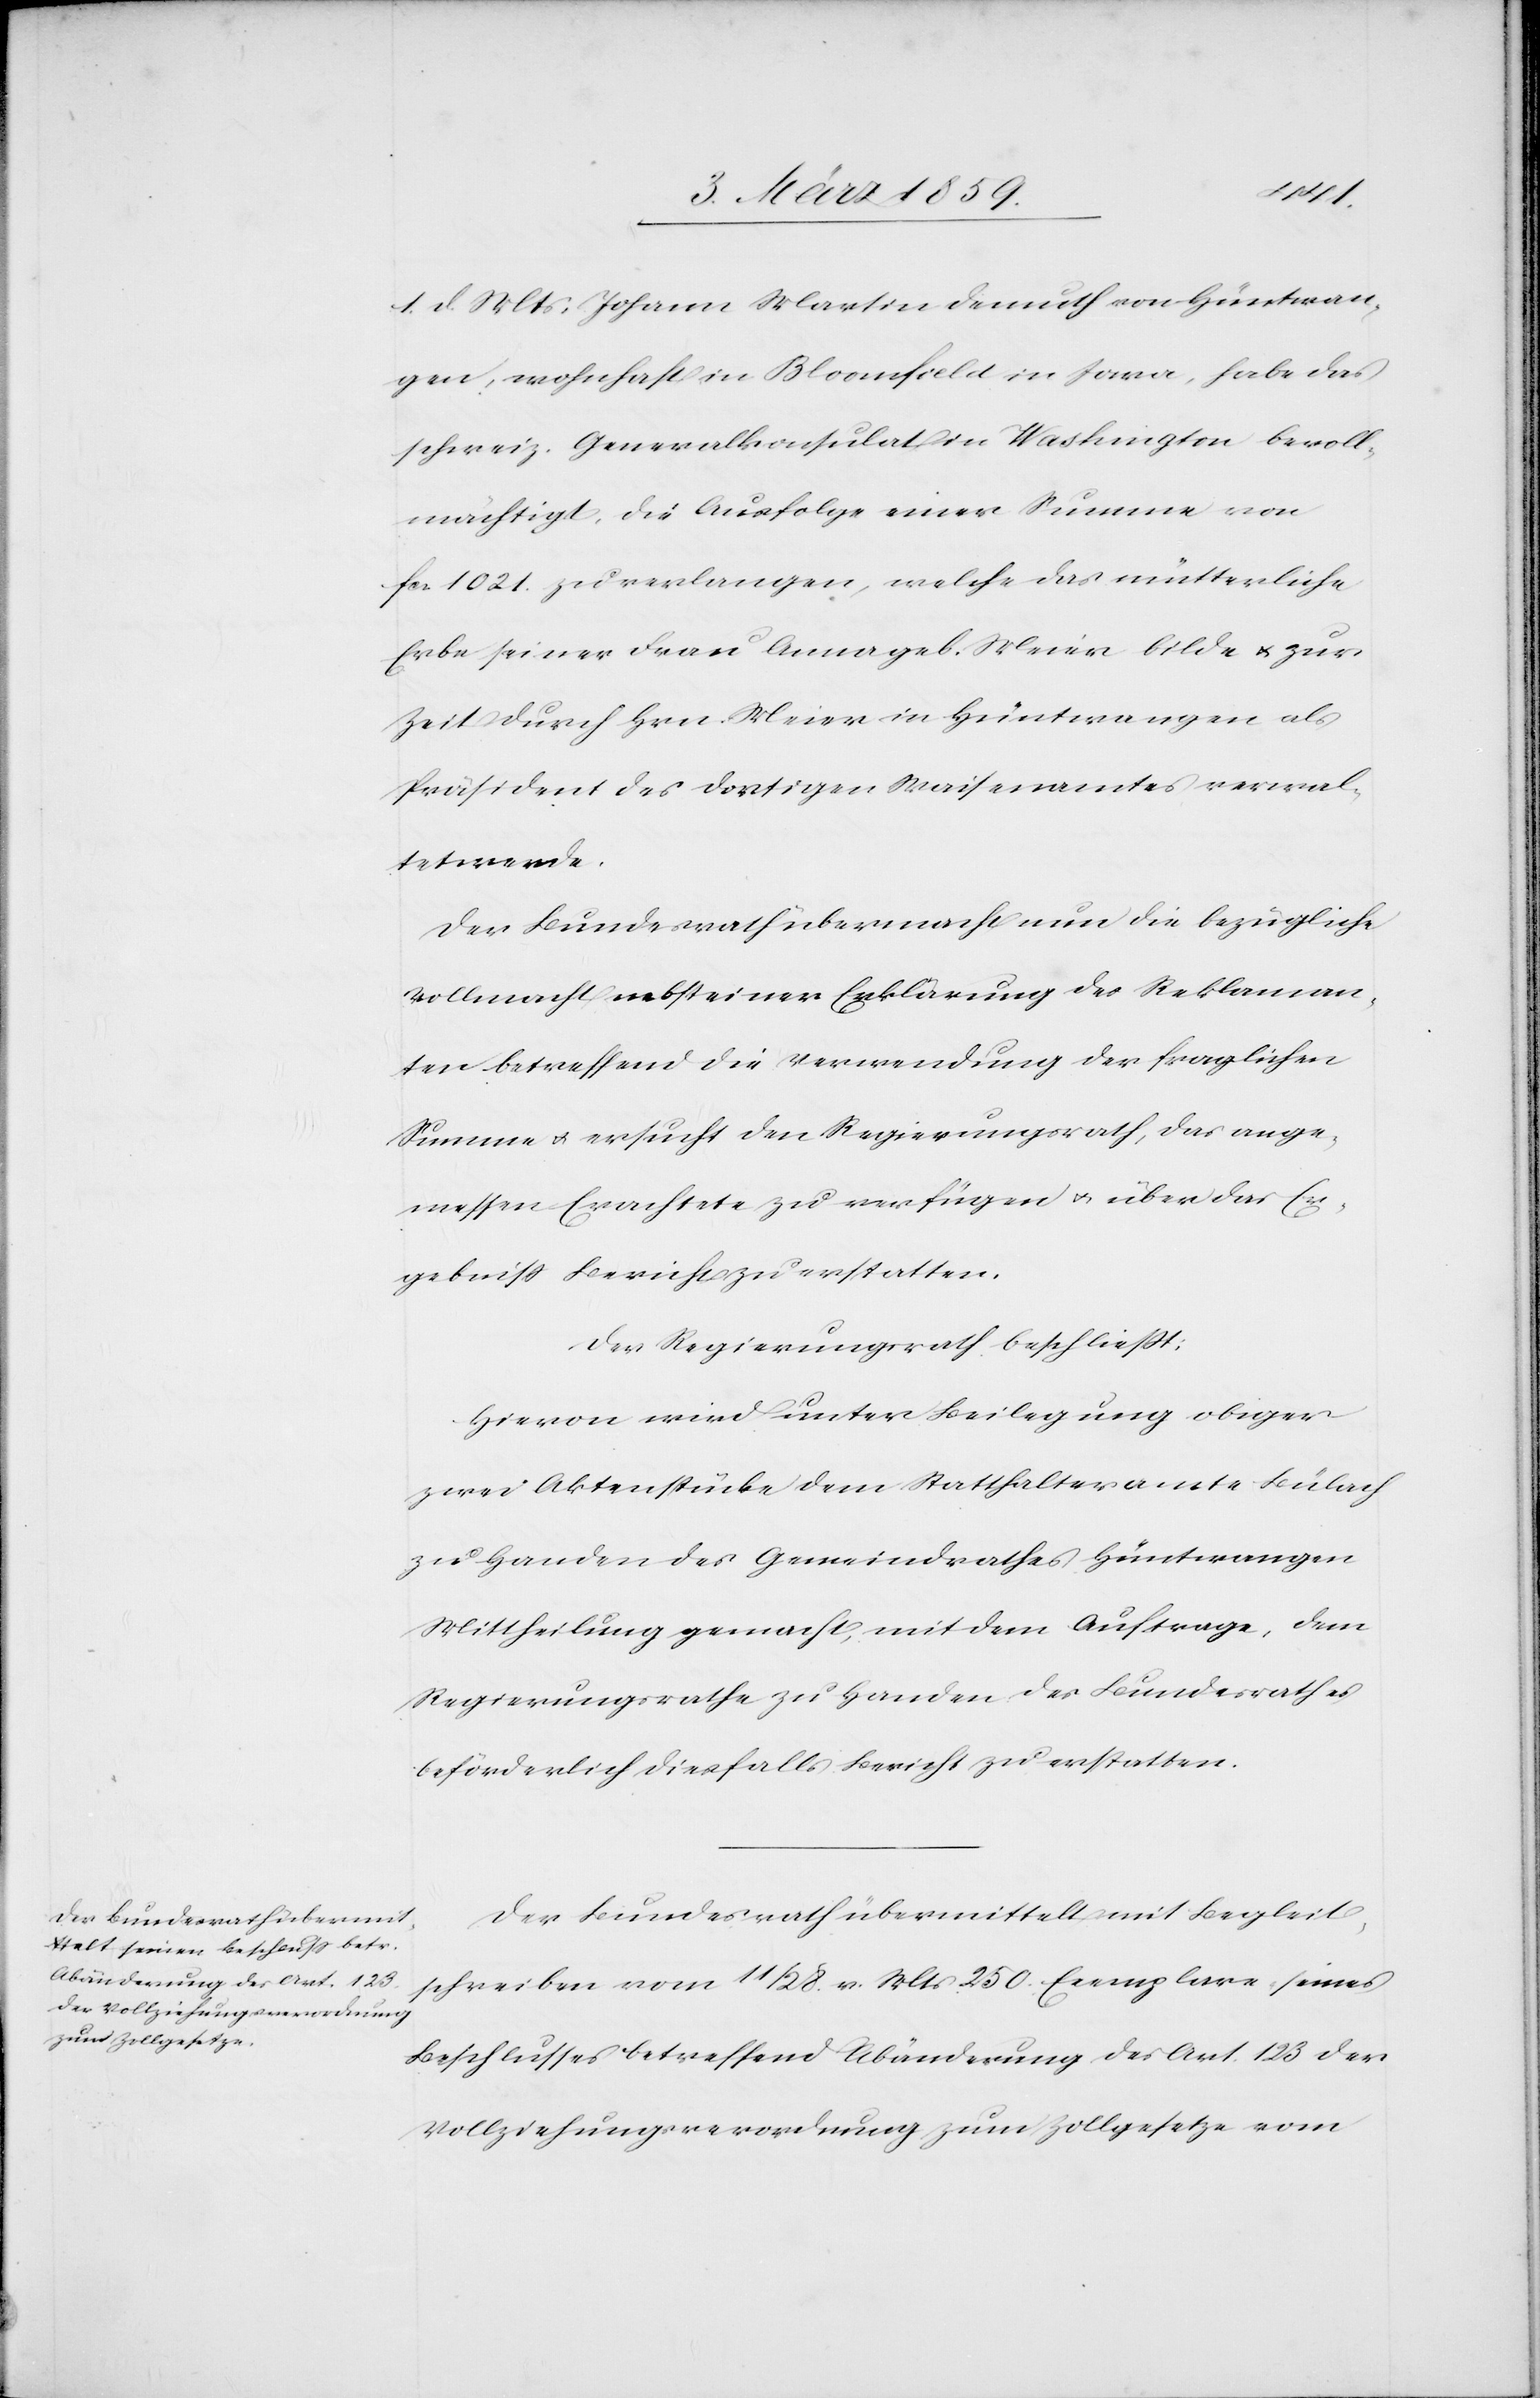
1. d. Mts, Johann Martin Demuth von Hüntwan¬
gen, wohnhaft in Bloomfield in Iowa, habe das
schweiz. Generalkonsulat in Washington bevoll¬
mächtigt, die Ausfolge einer Summe von
fcs. 1021. zu verlangen, welche das mütterliche
Erbe seiner Frau Anna geb. Meier bilde u. zur
Zeit durch Hrn. Meier in Hüntwangen als
Präsident des dortigen Waisenamtes verwal¬
tet werde.
Der Bundesrath übermacht nun die bezügliche
Vollmacht nebst einer Erklärung des Reklaman¬
ten betreffend die Verwendung der fraglichen
Summe u. ersucht den Regierungsrath, das ange¬
messen Erachtete zu verfügen u. über das Er¬
gebniß Bericht zu erstatten.
Der Regierungsrath beschließt:
Hievon wird unter Beilegung obiger
zwei Aktenstücke dem Statthalteramte Bülach
zu Handen des Gemeindrathes Hüntwangen
Mittheilung gemacht, mit dem Auftrage, dem
Regierungsrathe zu Handen des Bundesrathes
beförderlich diesfalls Bericht zu erstatten.
Der Bundesrath übermittelt mit Begleit¬
schreiben vom 11/28. v. Mts 250 Exemplare seines
Beschlusses betreffend Abänderung des Art. 123 der
Vollziehungsverordnung zum Zollgesetze vom